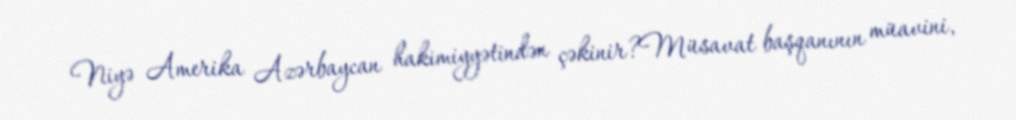
Niyə Amerika Azərbaycan hakimiyyətindən çəkinir?Müsavat başqanının müavini,